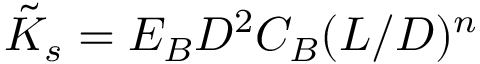
\tilde { K } _ { s } = E _ { B } D ^ { 2 } C _ { B } ( L / D ) ^ { n }